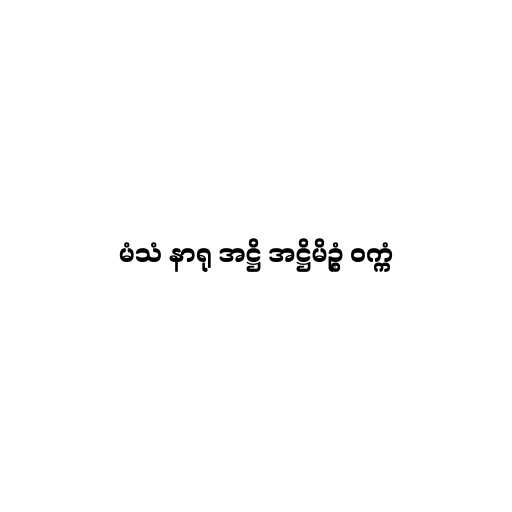
မံသံ နာရု အဋ္ဌိ အဋ္ဌိမိဥ္စံ ဝက္ကံ